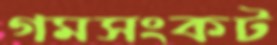
গমসংকট